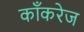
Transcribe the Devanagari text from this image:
काँकरेज